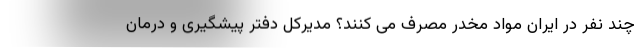
چند نفر در ایران مواد مخدر مصرف می کنند؟ مدیرکل دفتر پیشگیری و درمان